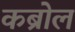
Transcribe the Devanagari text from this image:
कब्रोल